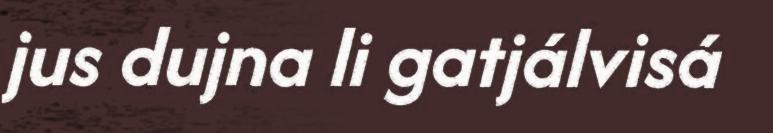
jus dujna li gatjálvisá